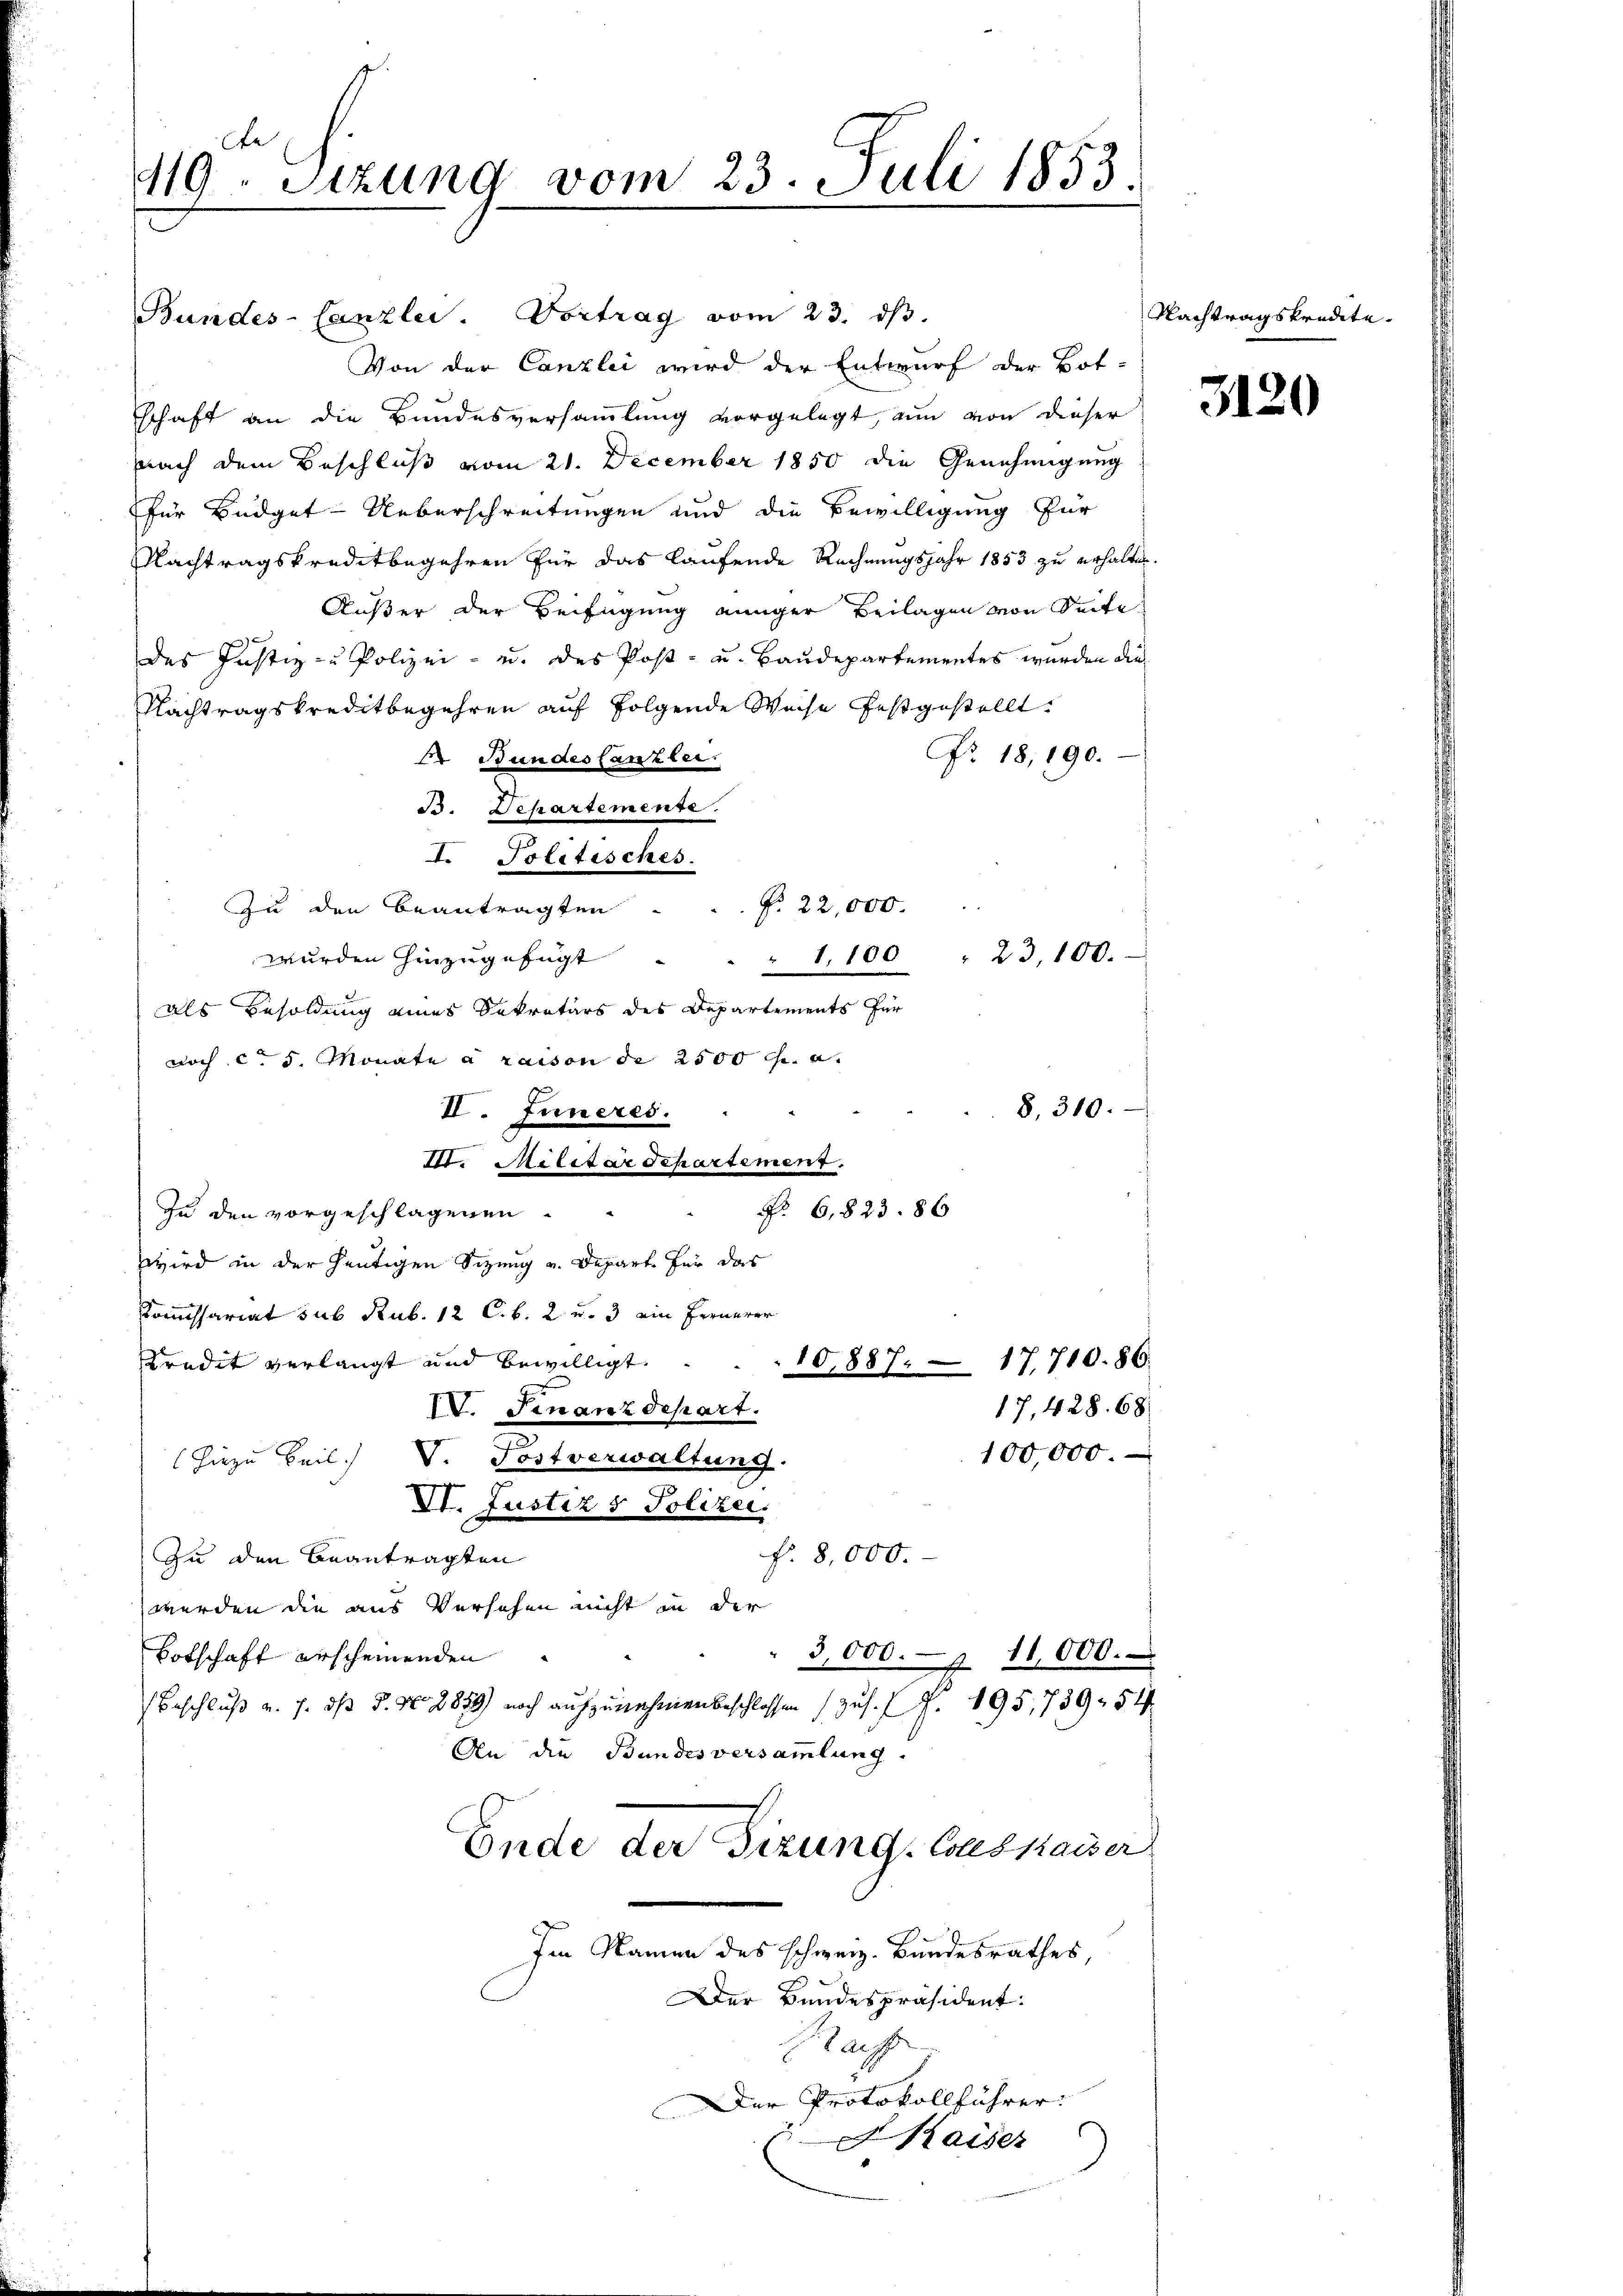
Ae
419. Sitzung vom 23. Juli 1853.
.

Bundes-Canzlei. Vortrag vom 23. dβ.
Von der Canzlei wird der Entwurf der Botschaft an die Bundesversammlung vorgelegt, um von dieser
nach dem Beschluß vom 21. December 1850 die Genehmigung
für Büdget-Ueberschreitungen und die Bewilligung für
Nachtragskreditbegehren für das laufende Rechnungsjahr 1853 zu erhalten.
Außer der Beifügung einiger Beilagen von Seite
des Justiz- u Polizei- u. des Post- u. Baudepartementes wurden die
Nachtragskreditbegehren auf folgende Weise festgestellt
Nr. 18, 190.
. Bundes Canzler.
B. Separtemente.
II. Politisches.
No. 22,000.
zu den Beantragten
wurden hinzugefügt
" 1,100 " 23,100.
als Besoldung eines Sekretärs des Departements für
noch c. 5. Monate à raison de 2500 fr. a.
8, 310.
II. Inneres.
1t. Militar Departement.
No. 6,823. 86
zu den vorgeschlagenen.
Wird in der heutigen Sitzung u. Depart für das
Kommissariat sub Rub. 12 C.b. 2 u. 3 ein Fernerer
Kredit verlangt und bewilligt.
10,887. 17,710. 86.
IV. Finanzdepart.
17, 428. 68
100,000.
Hiezu Beil. V. Postverwaltung.
VI. Justiz & Polizei.
f. 8,000.
Zu den Beantragten
werden die aus Versehen nicht in der
Totschaft erscheinenden
3,000.- 11,000.
 Beschluß v. J. dß P. Nr. 2889) noch aufzunehmen beschlossen zu s. Z. 195, 739. 54
An die Bundesversammlung.
Ende der Fizung, Coussaiser
Im Namen des schweiz. Bundesrathes
Der Bundespräsident:
Sache
Der Protokollführer:
Kaiser

Nachtragskredite.

3120